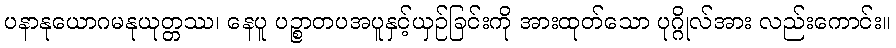
ပနာနုယောဂမနုယုတ္တဿ၊ နေပူ ပဉ္စာတပအပူနှင့်ယှဉ်ခြင်းကို အားထုတ်သော ပုဂ္ဂိုလ်အား လည်းကောင်း။